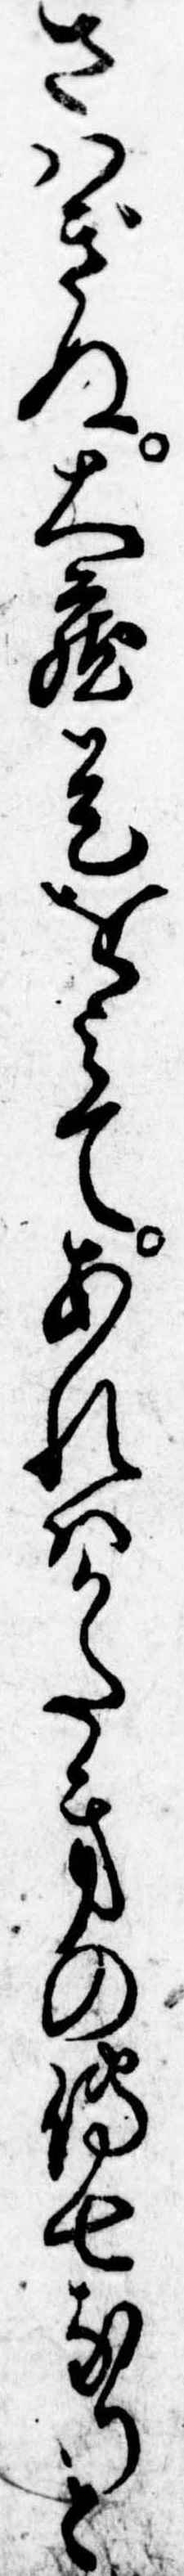
さはぎぬ大蔵是をみてあれはかたきの伝七なりと